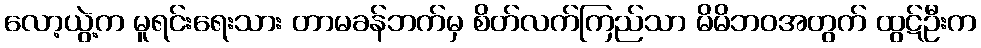
လော့ယွဲ့က မူရင်းရေးသား တာမခန်ဘက်မှ စိတ်လက်ကြည်သာ မိမိဘဝအတွက် ထွဋ်ဦးက